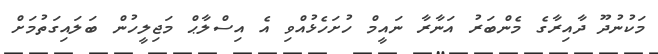
މަކުނުދޫ ދާއިރާގެ މެންބަރު އަނާރާ ނައީމް ހުށަހެޅުއްވި އެ އިސްލާޙް މަޖިލީހުން ބަލައިގަތުމަށް